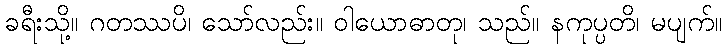
ခရီးသို့။ ဂတဿပိ၊ သော်လည်း။ ဝါယောဓာတု၊ သည်။ နကုပ္ပတိ၊ မပျက်။